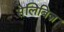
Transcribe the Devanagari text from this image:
सेलिबिज़